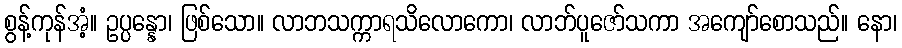
စွန့်ကုန်အံ့။ ဥပ္ပန္နော၊ ဖြစ်သော။ လာဘသက္ကာရသိလောကော၊ လာဘ်ပူဇော်သကာ အကျော်စောသည်။ နော၊